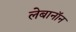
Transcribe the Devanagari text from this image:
लेबानॉन